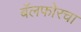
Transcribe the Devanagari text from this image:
बॅलफोरचा